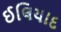
ઈલિયાદ